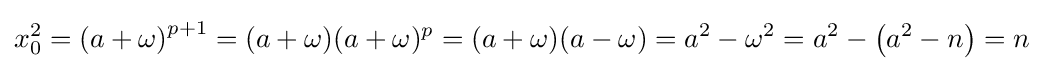
x_{0}^{2}=\left(a+\omega \right)^{p+1}=(a+\omega )(a+\omega )^{p}=(a+\omega )(a-\omega )=a^{2}-\omega ^{2}=a^{2}-\left(a^{2}-n\right)=n